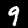
Label: 9